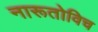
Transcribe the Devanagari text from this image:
नारूतोविच